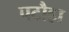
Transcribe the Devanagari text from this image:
पटौहा